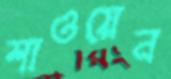
শাওয়েন